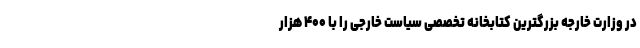
در وزارت خارجه بزرگترین کتابخانه تخصصی سیاست خارجی را با ۴۰۰ هزار